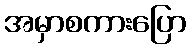
အမှာစကားပြော